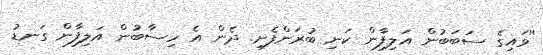
''ވައިގެ ސަބަބުން އަލިފާން ކަނި ބުރަންފެށި. ދެން އެ ހިސާބުން އަލިފާން ގަނޑު